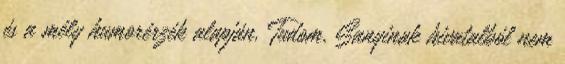
és a mély humorér­zék alapján. Tudom, Sanyinak hivatalból nem